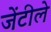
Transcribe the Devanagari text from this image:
जेंटीले